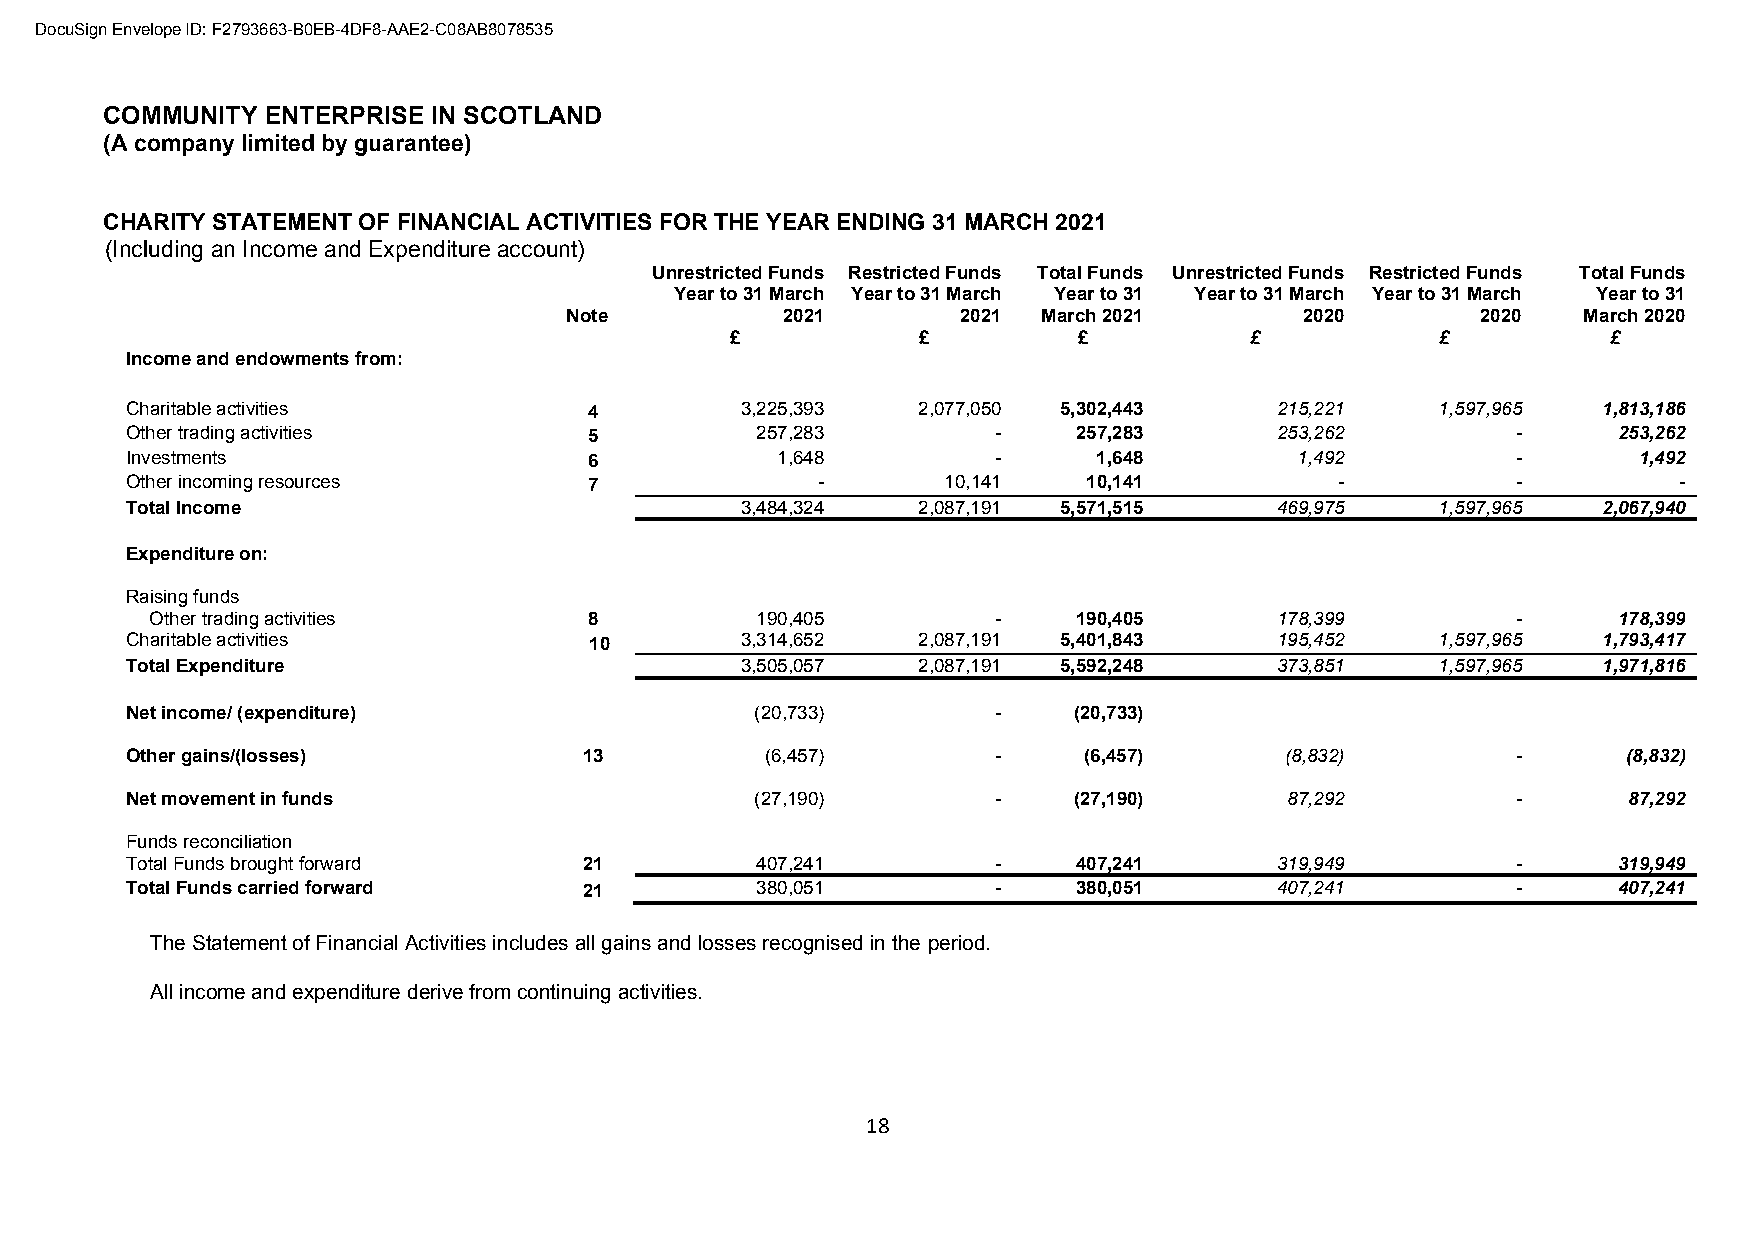
DocuSign Envelope ID: F2793663-B0EB-4DF8-AAE2-C08AB8078535
 COMMUNITY  ENTERPRISE IN SCOTLAND
 (A company limited by guarantee)
 CHARITY STATEMENT OF FINANCIAL ACTIVITIES FOR THE YEAR ENDING 31 MARCH 2021
 (Including an Income and Expenditure account)
 Unrestricted Funds Restricted Funds Total Funds Unrestricted Funds Restricted Funds Total Funds
 Year to 31 March Year to 31 March Year to 31 Year to 31 March Year to 31 March Year to 31
 Note           2021        2021 March 2021       2020        2020   March 2020
 £            £         £           £           £           £
 Income and endowments from:
 Charitable activities          4         3,225,393   2,077,050 5,302,443    215,221    1,597,965  1,813,186
 Other trading activities       5          257,283         -    257,283      253,262         -      253,262
 Investments                    6           1,648          -      1,648        1,492         -       1,492
 Other incoming resources       7              -       10,141    10,141           -          -          -
 Total Income                             3,484,324   2,087,191 5,571,515    469,975    1,597,965  2,067,940
 Expenditure on:
 Raising funds
 Other trading activities     8          190,405         -    190,405      178,399         -      178,399
 Charitable activities          10        3,314,652   2,087,191 5,401,843    195,452    1,597,965  1,793,417
 Total Expenditure                        3,505,057   2,087,191 5,592,248    373,851    1,597,965  1,971,816
 Net income/ (expenditure)                 (20,733)        -    (20,733)
 Other gains/(losses)           13          (6,457)        -     (6,457)      (8,832)        -       (8,832)
 Net movement in funds                     (27,190)        -    (27,190)      87,292         -       87,292
 Funds reconciliation
 Total Funds brought forward    21         407,241         -    407,241      319,949         -      319,949
 Total Funds carried forward    21         380,051         -    380,051      407,241         -      407,241
 The Statement of Financial Activities includes all gains and losses recognised in the period.
 All income and expenditure derive from continuing activities.
 18